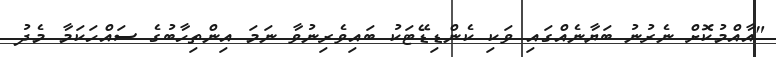
"އާއްމުކޮށް ނެރުނު ބަޔާނެއްގައި ވަކި ކެންޑިޑޭޓަކު ބައިވެރިނުވާ ނަމަ އިންތިހާބުގެ ސައްހަކަމާ މެދު